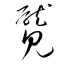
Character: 魘